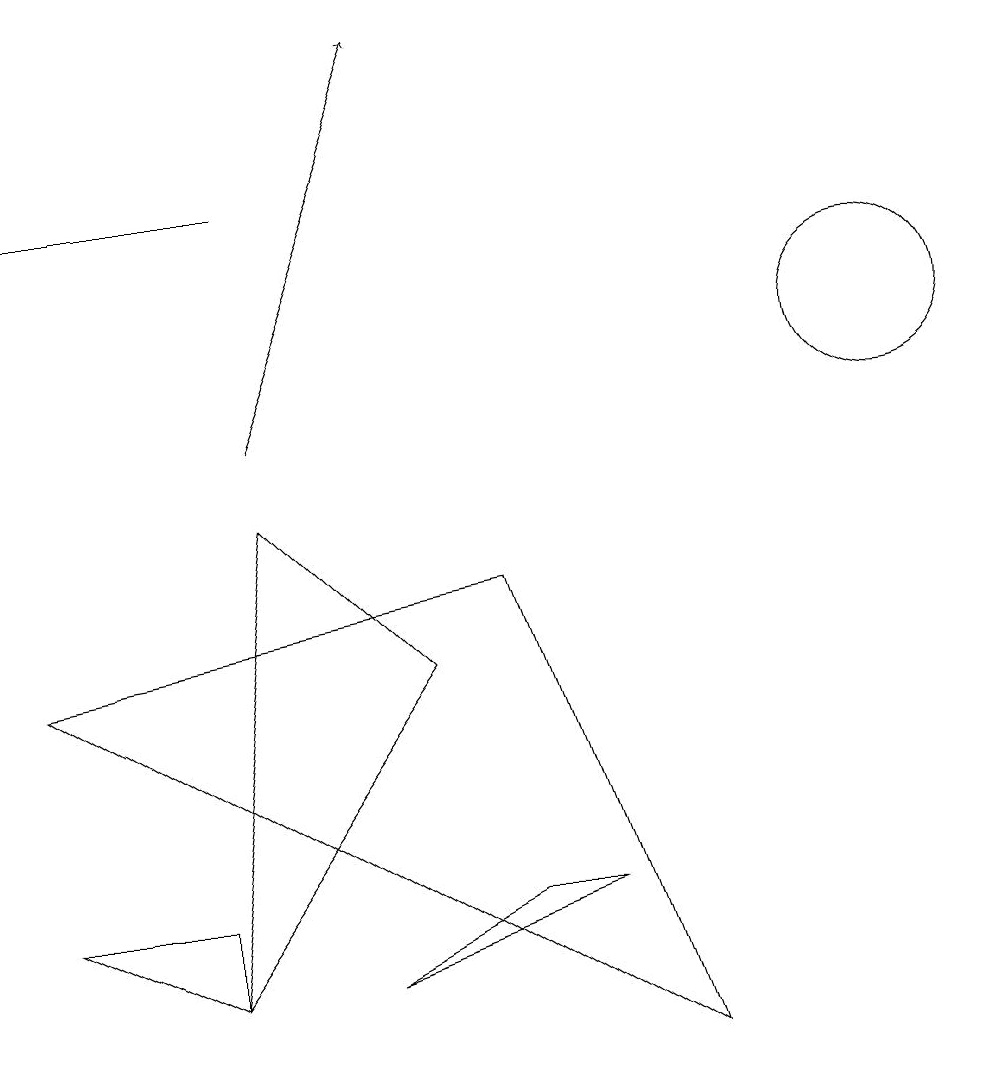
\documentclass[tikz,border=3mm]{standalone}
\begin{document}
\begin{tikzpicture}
\draw (5,7) -- (2,3) -- (3,9) -- cycle;
\draw (0,4) -- (2,4) -- (2,3) -- cycle;
\draw (0,7) -- (8,2) -- (6,8) -- cycle;
\draw[->] (3,10) -- (5,15);
\draw (11,11) circle (0);
\draw (11,11) circle (1);
\draw (3,13) rectangle (0,13);
\draw (4,3) -- (7,4) -- (6,4) -- cycle;
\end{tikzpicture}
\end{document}